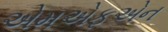
એમએફએન